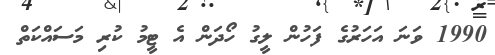
1990 ވަނަ އަހަރުގެ ފަހުން ލީގު ހޯދަން އެ ޓީމު ކުރި މަސައްކަތް